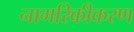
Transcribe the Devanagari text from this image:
नागरिकीकरण